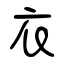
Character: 衣